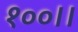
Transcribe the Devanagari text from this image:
१००।।